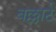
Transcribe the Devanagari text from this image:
बल्लार्ट